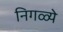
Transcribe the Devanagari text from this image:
निगळ्ये